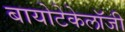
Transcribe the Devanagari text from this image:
बायोटेकेलॉजी